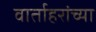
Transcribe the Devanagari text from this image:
वार्ताहरांच्या